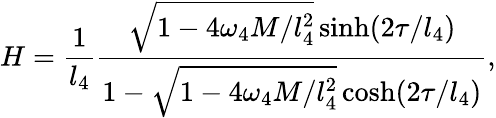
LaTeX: H=\frac{1}{l_{4}}\frac{\sqrt{1-4\omega_{4}M/l_{4}^{2}}\sinh(2\tau/l_{4})}{1-\sqrt{1-4\omega_{4}M/l_{4}^{2}}\cosh(2\tau/l_{4})},